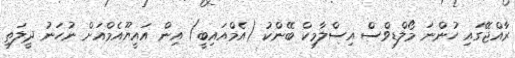
ރާއްޖޭގައި ހުންނަ މޯލްޑިވްސް އިސްލާމިކް ބޭންކު (އެމްއައިބީ) އިން އައީޔޫއެމްއަށް ނުހަނު ދީލަތި